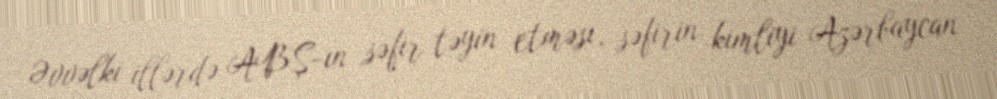
Əvvəlki illərdə ABŞ-ın səfir təyin etməsi, səfirin kimliyi Azərbaycan